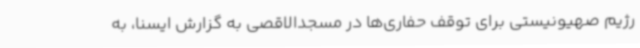
رژیم صهیونیستی برای توقف حفاری‌ها در مسجدالاقصی به گزارش ایسنا، به